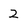
Character: 2